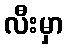
လီးမှာ